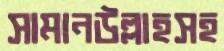
সামানউল্লাহসহ